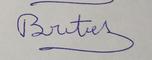
Signature authenticity: forged